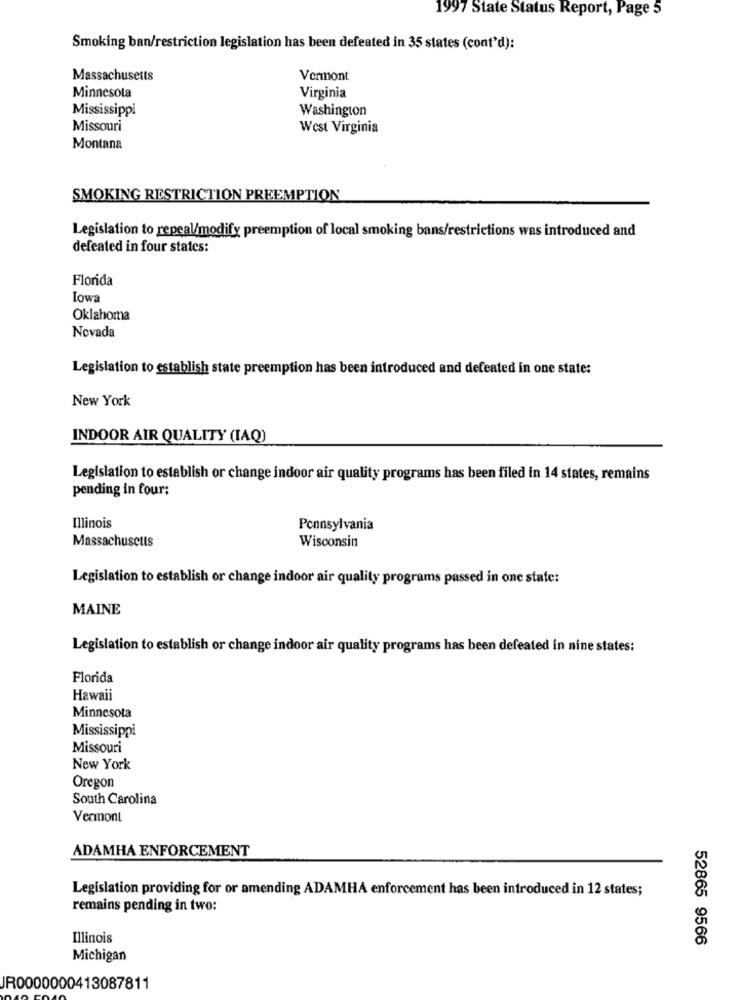
1997 State Status Report, Page 5
Smoking ban/restriction legislation has been defeated in 35 states (cont'd):
Massachusetts
Vermont
Minnesota
Virginia
Mississippi
Washington
Missouri
West Virginia
Montana
SMOKING RESTRICTION PREEMPTION
Legislation to repeal/modify preemption of local smoking bans/restrictions was introduced and
defeated in four states:
Florida
Iowa
Oklahoma
Nevada
Legislation to establish state preemption has been introduced and defeated in one state:
New York
INDOOR AIR QUALITY (IAQ)
Legislation to establish or change indoor air quality programs has been filed in 14 states, remains
pending in four:
Illinois
Pennsylvania
Massachusetts
Wisconsin
Legislation to establish or change indoor air quality programs passed in one state:
MAINE
Legislation to establish or change indoor air quality programs has been defeated in nine states:
Florida
Hawaii
Minnesota
Mississippi
Missouri
New York
Oregon
South Carolina
Vermont
ADAMHA ENFORCEMENT
Legislation providing for or amending ADAMHA enforcement has been introduced in 12 states;
remains pending in two:
Illinois
52865 9566
Michigan
JR0000000413087811